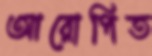
আরোপিত